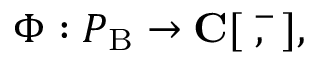
\Phi : \cal { P } _ { \mathrm { B } } \rightarrow \mathbf { C } [ \xi , \bar { \xi } ] ,